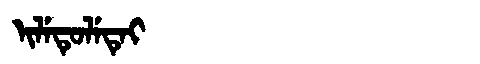
Manchu: ᡳᠯᡝᡨᡠᠯᡝᡨᡝᡳ
Romanization: ILETULETEI